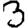
Digit: 3